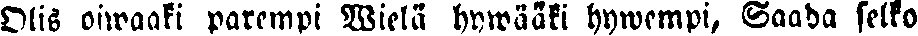
Olis oiwaaki parempi Wielä hywääki hywempi, Saada selko